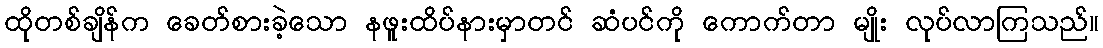
ထိုတစ်ချိန်က ခေတ်စားခဲ့သော နဖူးထိပ်နားမှာတင် ဆံပင်ကို ကောက်တာ မျိုး လုပ်လာကြသည်။